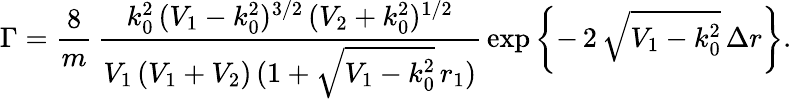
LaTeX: \Gamma=\frac{8}{m}\, \frac{k_{0}^{2}\, (V_{1}-k_{0}^{2})^{3/2}\, (V_{2}+k_{0}^{2})^{1/2}}{V_{1}\, (V_{1}+V_{2})\, (1+\sqrt{V_{1}-k_{0}^{2}}\, r_{1})}\, \exp\left\{ -\, 2\, \sqrt{V_{1}-k_{0}^{2}}\, \Delta r\right\} .